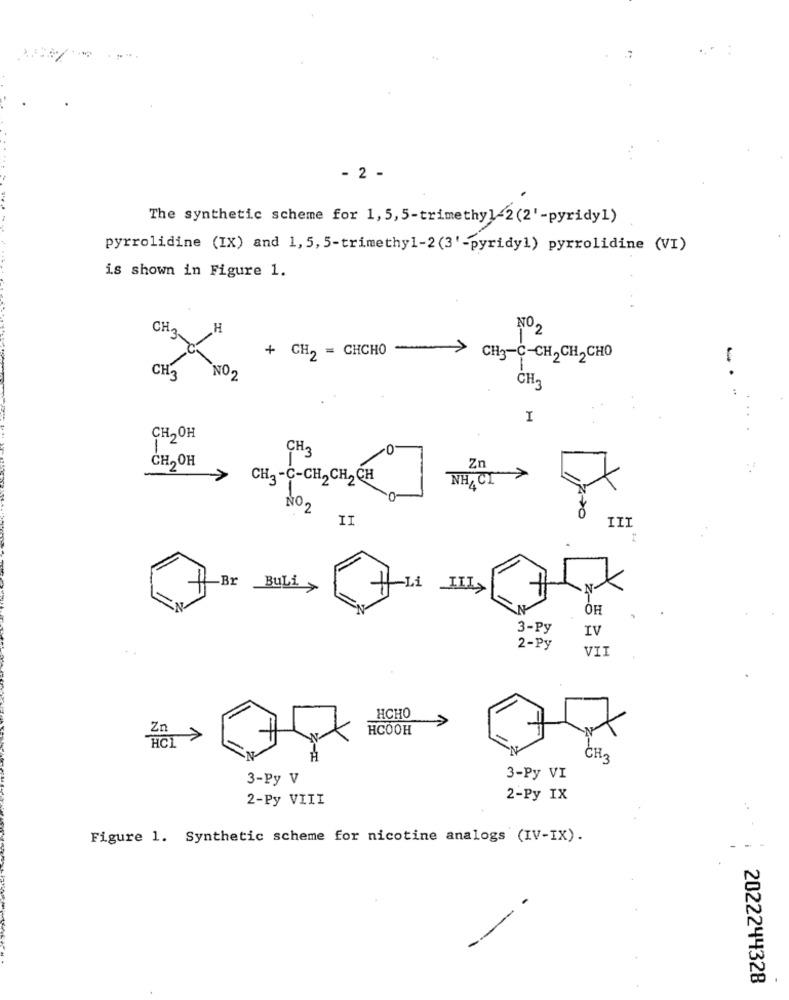
:
- 2 -
The synthetic scheme for 1, 5,5-trimethyl-2(2'-pyridy1)
pyrrolidine (IX) and 1, 5, 5-trimethyl-2(3'-pyridy1) pyrrolidine (VI)
is shown in Figure 1.
CH.
H
NO.
+ CH, = CHCHO ->
CH3-C-CH2CH2CHO
CH3
NO2
CH2
I
..
CH2OH
CH2
0
Zn
CH,OH
>
CH2 -C-CH, CH, CH
NH, CI
NO,
II
III
-Br BULL
-Li
III>
N
OH
3-Py
IV
2-Py
VII
HCHO
>
Zn
HCOOH
HCL >
CH3
3-Py V
3-Py VI
2-Py VIII
2-Py IX
Figure 1. Synthetic scheme for nicotine analogs (IV-IX).
- -
2022244328